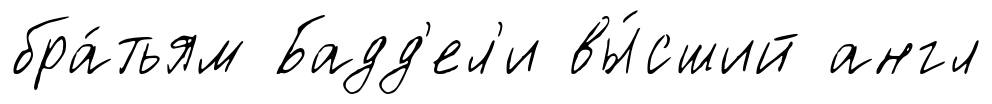
бра́тьям Бадд'ел'и вы́сший англ